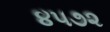
૪૫૭૨